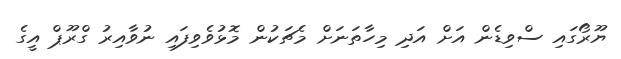
ޔޫރޯގައި ސްވިޑެން އަށް އަދި މިހާތަނަށް މެޗަކުން މޮޅުވެވިފައި ނުވާއިރު ގްރޫޕް އީގެ